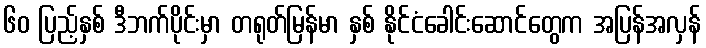
၆၀ ပြည့်နှစ် ဒီဘက်ပိုင်းမှာ တရုတ်မြန်မာ နှစ် နိုင်ငံခေါင်းဆောင်တွေက အပြန်အလှန်